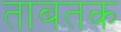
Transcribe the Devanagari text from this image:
ताबतक